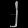
Digit: ၂